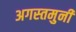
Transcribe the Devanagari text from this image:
अगस्‍तमुनी